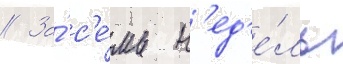
// За́ с'е́мь н'ед'е́ль